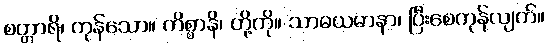
စတ္တာရိ၊ ကုန်သော။ ကိစ္စာနိ၊ တို့ကို။ သာဓယမာနာ၊ ပြီးစေကုန်လျက်။